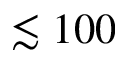
\lesssim 1 0 0